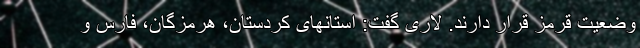
وضعیت قرمز قرار دارند. لاری گفت: استانهای کردستان، هرمزگان، فارس و